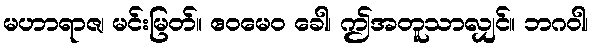
မဟာရာဇ၊ မင်းမြတ်။ ဧဝမေဝ ခေါ၊ ဤအတူသာလျှင်။ ဘဂဝါ၊